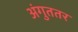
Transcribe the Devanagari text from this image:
अंगुततर